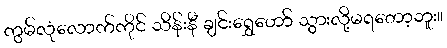
ကွမ်လုံလောက်ကိုင် သိန်းနီ ချင်းရွှေဟော် သွားလို့မရတော့ဘူး။